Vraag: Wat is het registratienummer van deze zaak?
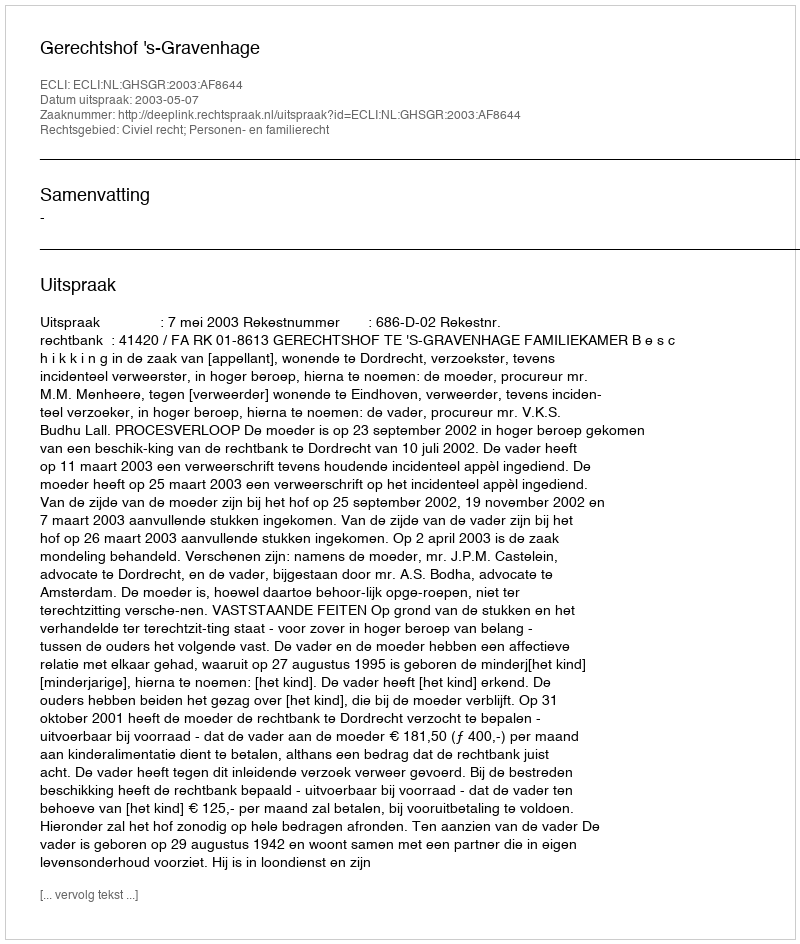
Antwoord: http://deeplink.rechtspraak.nl/uitspraak?id=ECLI:NL:GHSGR:2003:AF8644